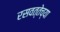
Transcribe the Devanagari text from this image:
रसवत्तेच्या